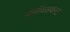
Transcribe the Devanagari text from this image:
पेनॉब्सकाट